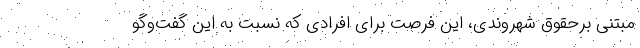
مبتنی برحقوق شهروندی، این فرصت برای افرادی که نسبت به این گفت‌وگو